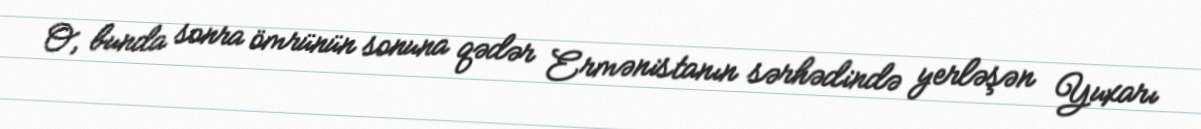
O, bunda sonra ömrünün sonuna qədər Ermənistanın sərhədində yerləşən Yuxarı